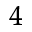
_ 4